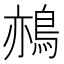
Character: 𪁂